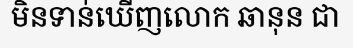
មិនទាន់ឃើញលោក ឆានុន ជា